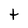
Character: t